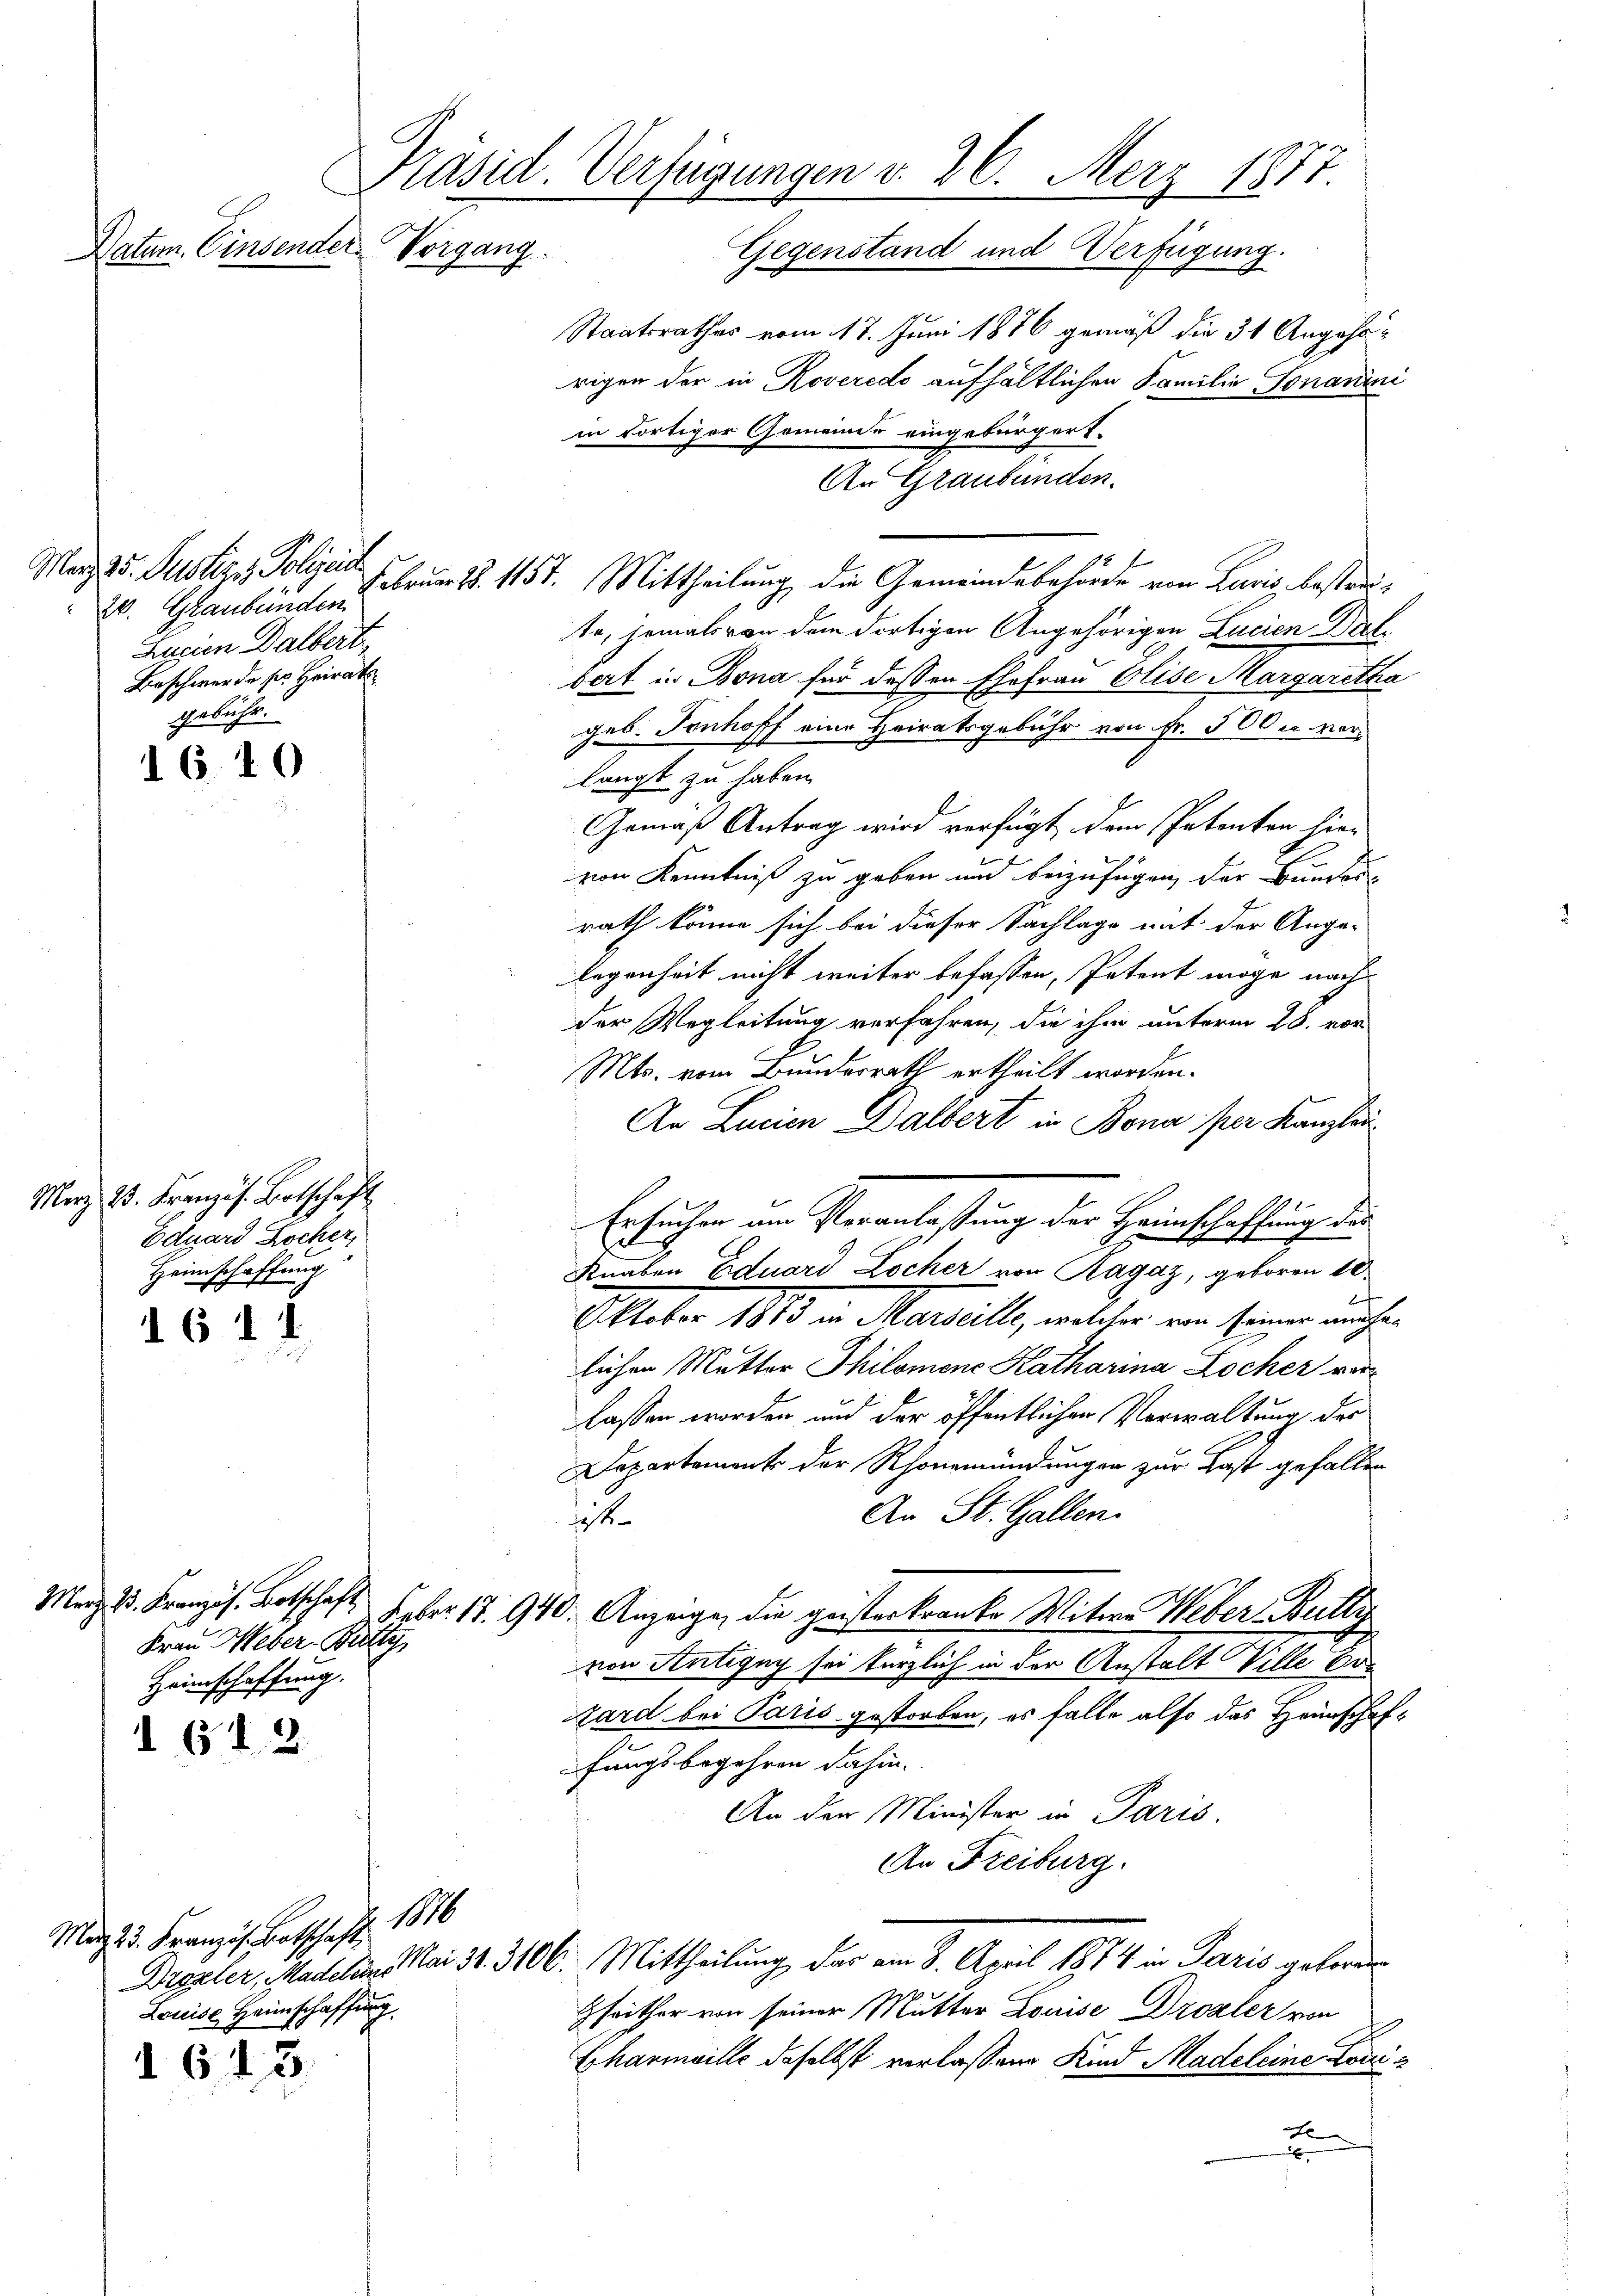
16.10

16 1

20. Graubünden
Lusien Dalbert
Beschwerde ser Heirat
gebühr.

Merz, 23. Französ. Botschaft
Eduard Rocker,
Heimschaffung

Frau Weber-Batty
Heimschaffung.

612

Mag. 3. Franzis Botschaft 1876
Louise Heimschaffung

643

Präsid. Verfügungen d. 26. Merz 1877.
Datum. Einsender Vorgang.
Gegenstand und Verfügung.

Staatsrathes vom 17. Juni 1876 gemäß die 31 Angehörigen der in Roveredo aufhältlichen Familie Jonanini
in dortiger Gemeinde eingebürgert.
An Graubünden.
Mar 25. Justiz, Polizei u. 157. Mittheilung die Gemeindsbehörde von Laris, bestreite, jemals von dem dortigen Angehörigen Lucien Dict
bert in Bona für dessen Ehefrau Elise Margaretha
geb. Tonhoff eine Heiratsgebühr von Fr. 500 u. verlangt zu haben.
Gemäß Antrag wird verfügt, dem Patenton hier
von Kenntniß zu geben und beizufügen, der Bunder
rath könne sich bei dieser Sachlage mit der Ange-
legenheit nicht weiter befassen, Petent möge nach
der Wegleitung verfahren, die ihm unterm 28. vor
Mts. vom Bundesrath ertheilt worden.
An Lucien Dalbert in Bona per Kanzlei
Ersuchen am Veranlassung der Heimschaffung des
Knaben Eduard Locher von Ragaz, geboren 10.
Oktober 1883 in Marill, welchen von seiner nicht
lichen Mutter Philomene Katharina Locher verlassen worden und der öffentlichen Verwaltung des
Departement der Rhonemündungen zur Last gefallen
An St. Gallen.
t
Maz 3. Französ. Betschaft. Feber 17. 940. Anzeige, die geisterkranke Mitwe Weber Betty
von Antigny sei kürzlich in der Anstalt Ville vor
Kard bei Paris gestorben, es falle also das Heinschaffungsbegehren dahin.
An der Minister in Paris.
An Freiburg.
Drgeler, Madelin Mai 31. 3106. Mittheilung der am 8. April 1874 in Paris geforder
Gfrither von seiner Mutter Louise Drozler von
Eharmaille daselbst verlassene Kind Madeleine Linix